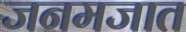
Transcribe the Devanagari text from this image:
जनमजात